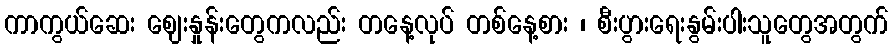
ကာကွယ်ဆေး ဈေးနှုန်းတွေကလည်း တနေ့လုပ် တစ်နေ့စား ၊ စီးပွားရေးနွမ်းပါးသူတွေအတွက်